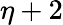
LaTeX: \eta+2